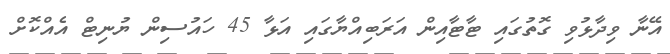
އޭނާ ވިދާޅުވި ގޮތުގައި ޓާޓާއިން އަރަބިއްޔާގައި އަޅާ 45 ހައުސިން ޔުނިޓް އެއްކޮށް